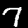
Label: 7